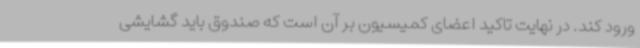
ورود کند. در نهایت تاکید اعضای کمیسیون بر آن است که صندوق باید گشایشی